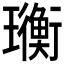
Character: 𤫄